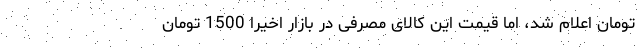
تومان اعلام شد، اما قیمت این کالای مصرفی در بازار اخیرا 1500 تومان